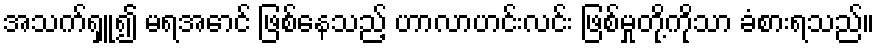
အသက်ရှူ၍ မရအောင် ဖြစ်နေသည့် ဟာလာဟင်းလင်း ဖြစ်မှုတို့ကိုသာ ခံစားရသည်။